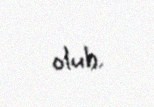
olub.